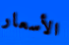
الأسعار